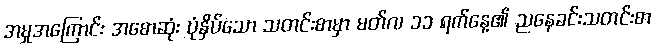
အမှုအကြောင်း အစောဆုံး ပုံနှိပ်သော သတင်းစာမှာ မတ်လ ၁၁ ရက်နေ့၏ ညနေခင်းသတင်းစာ